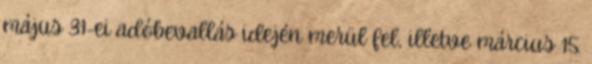
május 31-ei adóbevallás idején merül fel, illetve március 15.